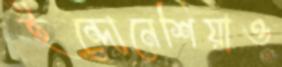
ইন্দোনেশিয়াও